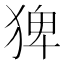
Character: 猈